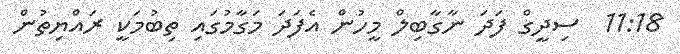
11:18  ސިދީގް ފަދަ ނާގާބިލް މީހުން އެފަދަ މަގާމުގައި ތިބުމަކީ ރައްޔިތުން